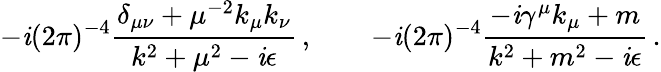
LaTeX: -\mathit{i}(2\pi)^{-4}{\frac{{\delta_{\mu\nu}+\mu^{-2}k_{\mu}k_{\nu}}}{{k^{2}+\mu^{2}-\mathit{i}\epsilon}}}\, ,\qquad-\mathit{i}(2\pi)^{-4}{\frac{{-\mathit{i}\gamma^{\mu}k_{\mu}+m}}{{k^{2}+m^{2}-\mathit{i}\epsilon}}}\, .